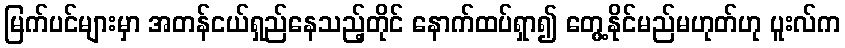
မြက်ပင်များမှာ အတန်ငယ်ရှည်နေသည့်တိုင် နောက်ထပ်ရှာ၍ တွေ့နိုင်မည်မဟုတ်ဟု ပူးလ်က